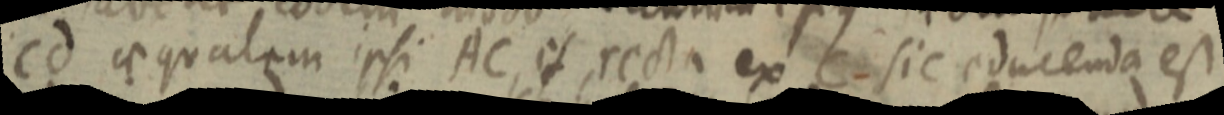
cd aequalem ipsi AC, et recta ex C sic educenda est